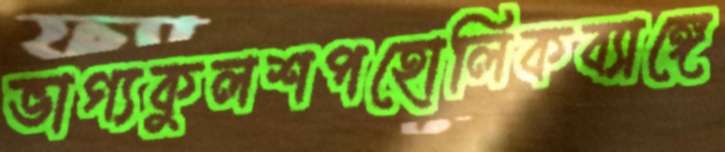
ভাগ্যকুলশপহোলিকব্যাঙ্গে